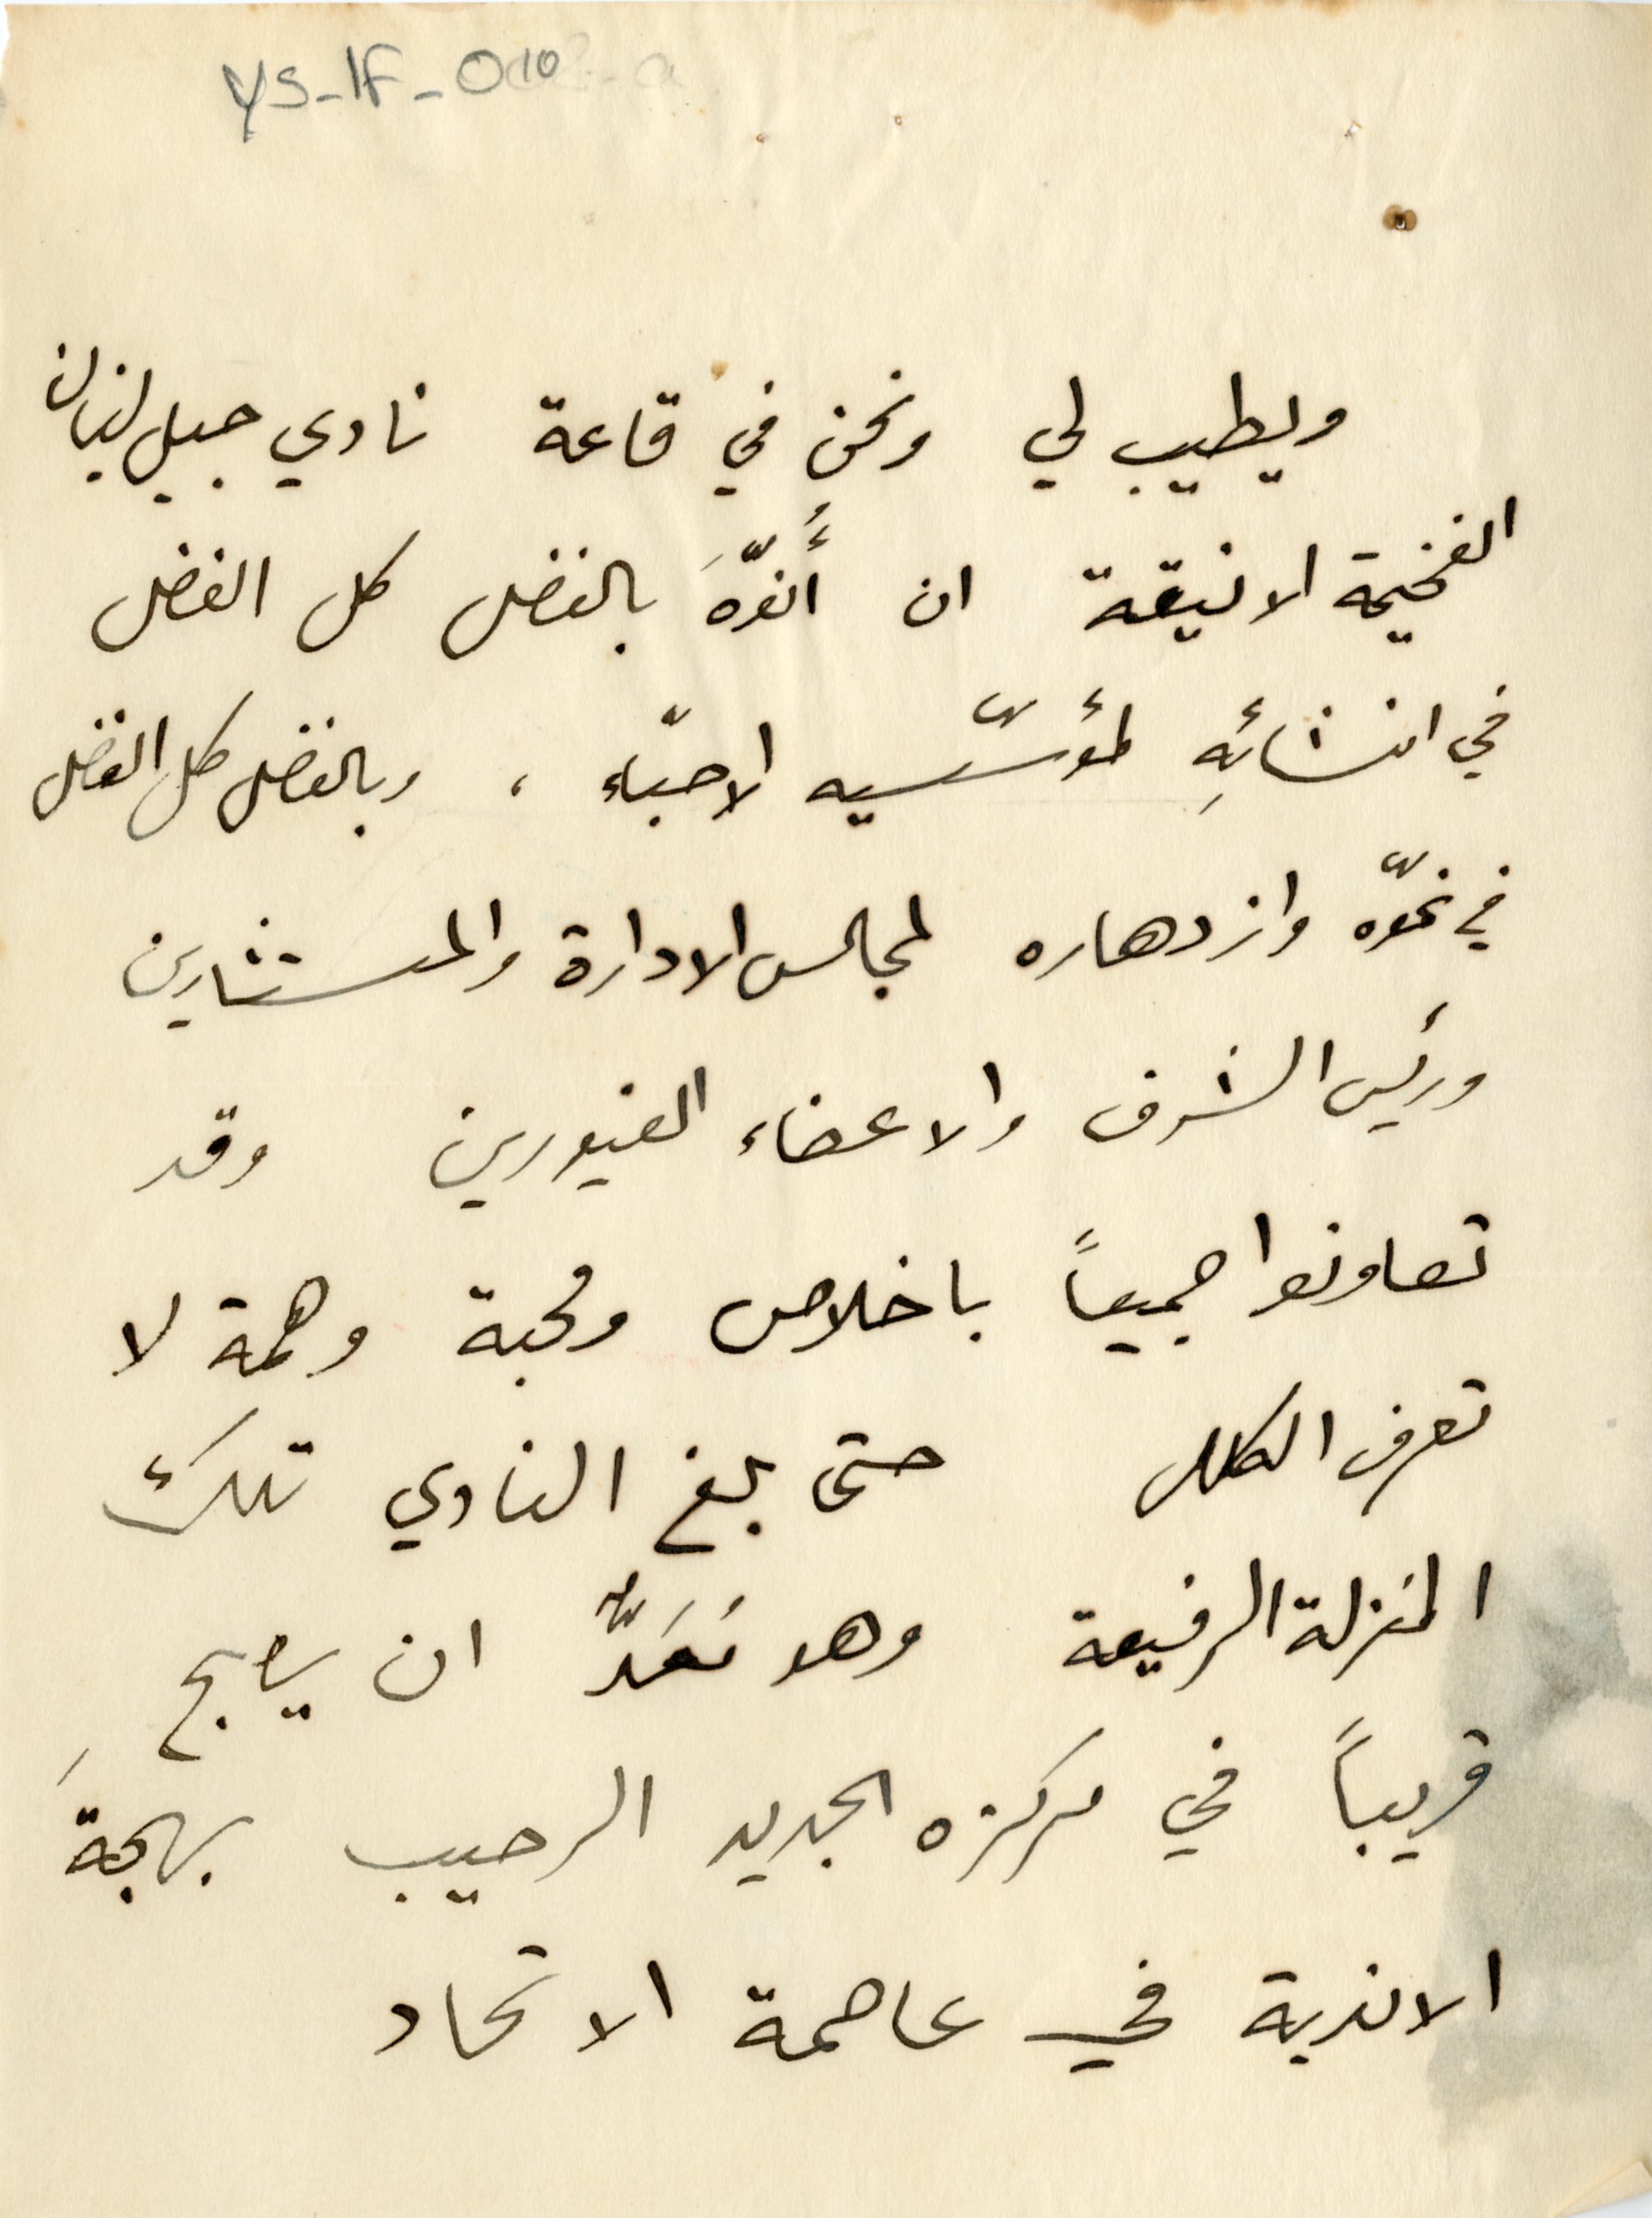
ويطيب لي ونحن في قاعة نادي جبل لبنان
الفخيمة الانيقة ان أُنوّهَ بالفضل كل الفضل
في انشائِه لمؤسّسيه الاحبّاء، وبالفضل كل الفضل
في نموّه وازدهاره لمجالس الادارة والمستشارين
ورئيس الشرف والاعضاء الغيورين وقد
تعاونوا جميعًا باخلاص ومحبة وهمة لا
تعرف الكلل حتى بلغ النادي تلك
المنزلة الرفيعة وهو معدُّ ان يصبح
قريباً في مركزه الجديد الرحيب بهجةَ
 الاندية في عاصمة الاتحاد.
YS-1F-010